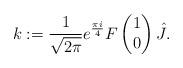
LaTeX: \begin{align*}k :=\frac{1}{\sqrt{2 \pi}}e^{\frac{\pi i}{4}}F\begin{pmatrix}1\\0\end{pmatrix} \hat{J}.\end{align*}